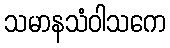
သမာနသံဝါသကေ